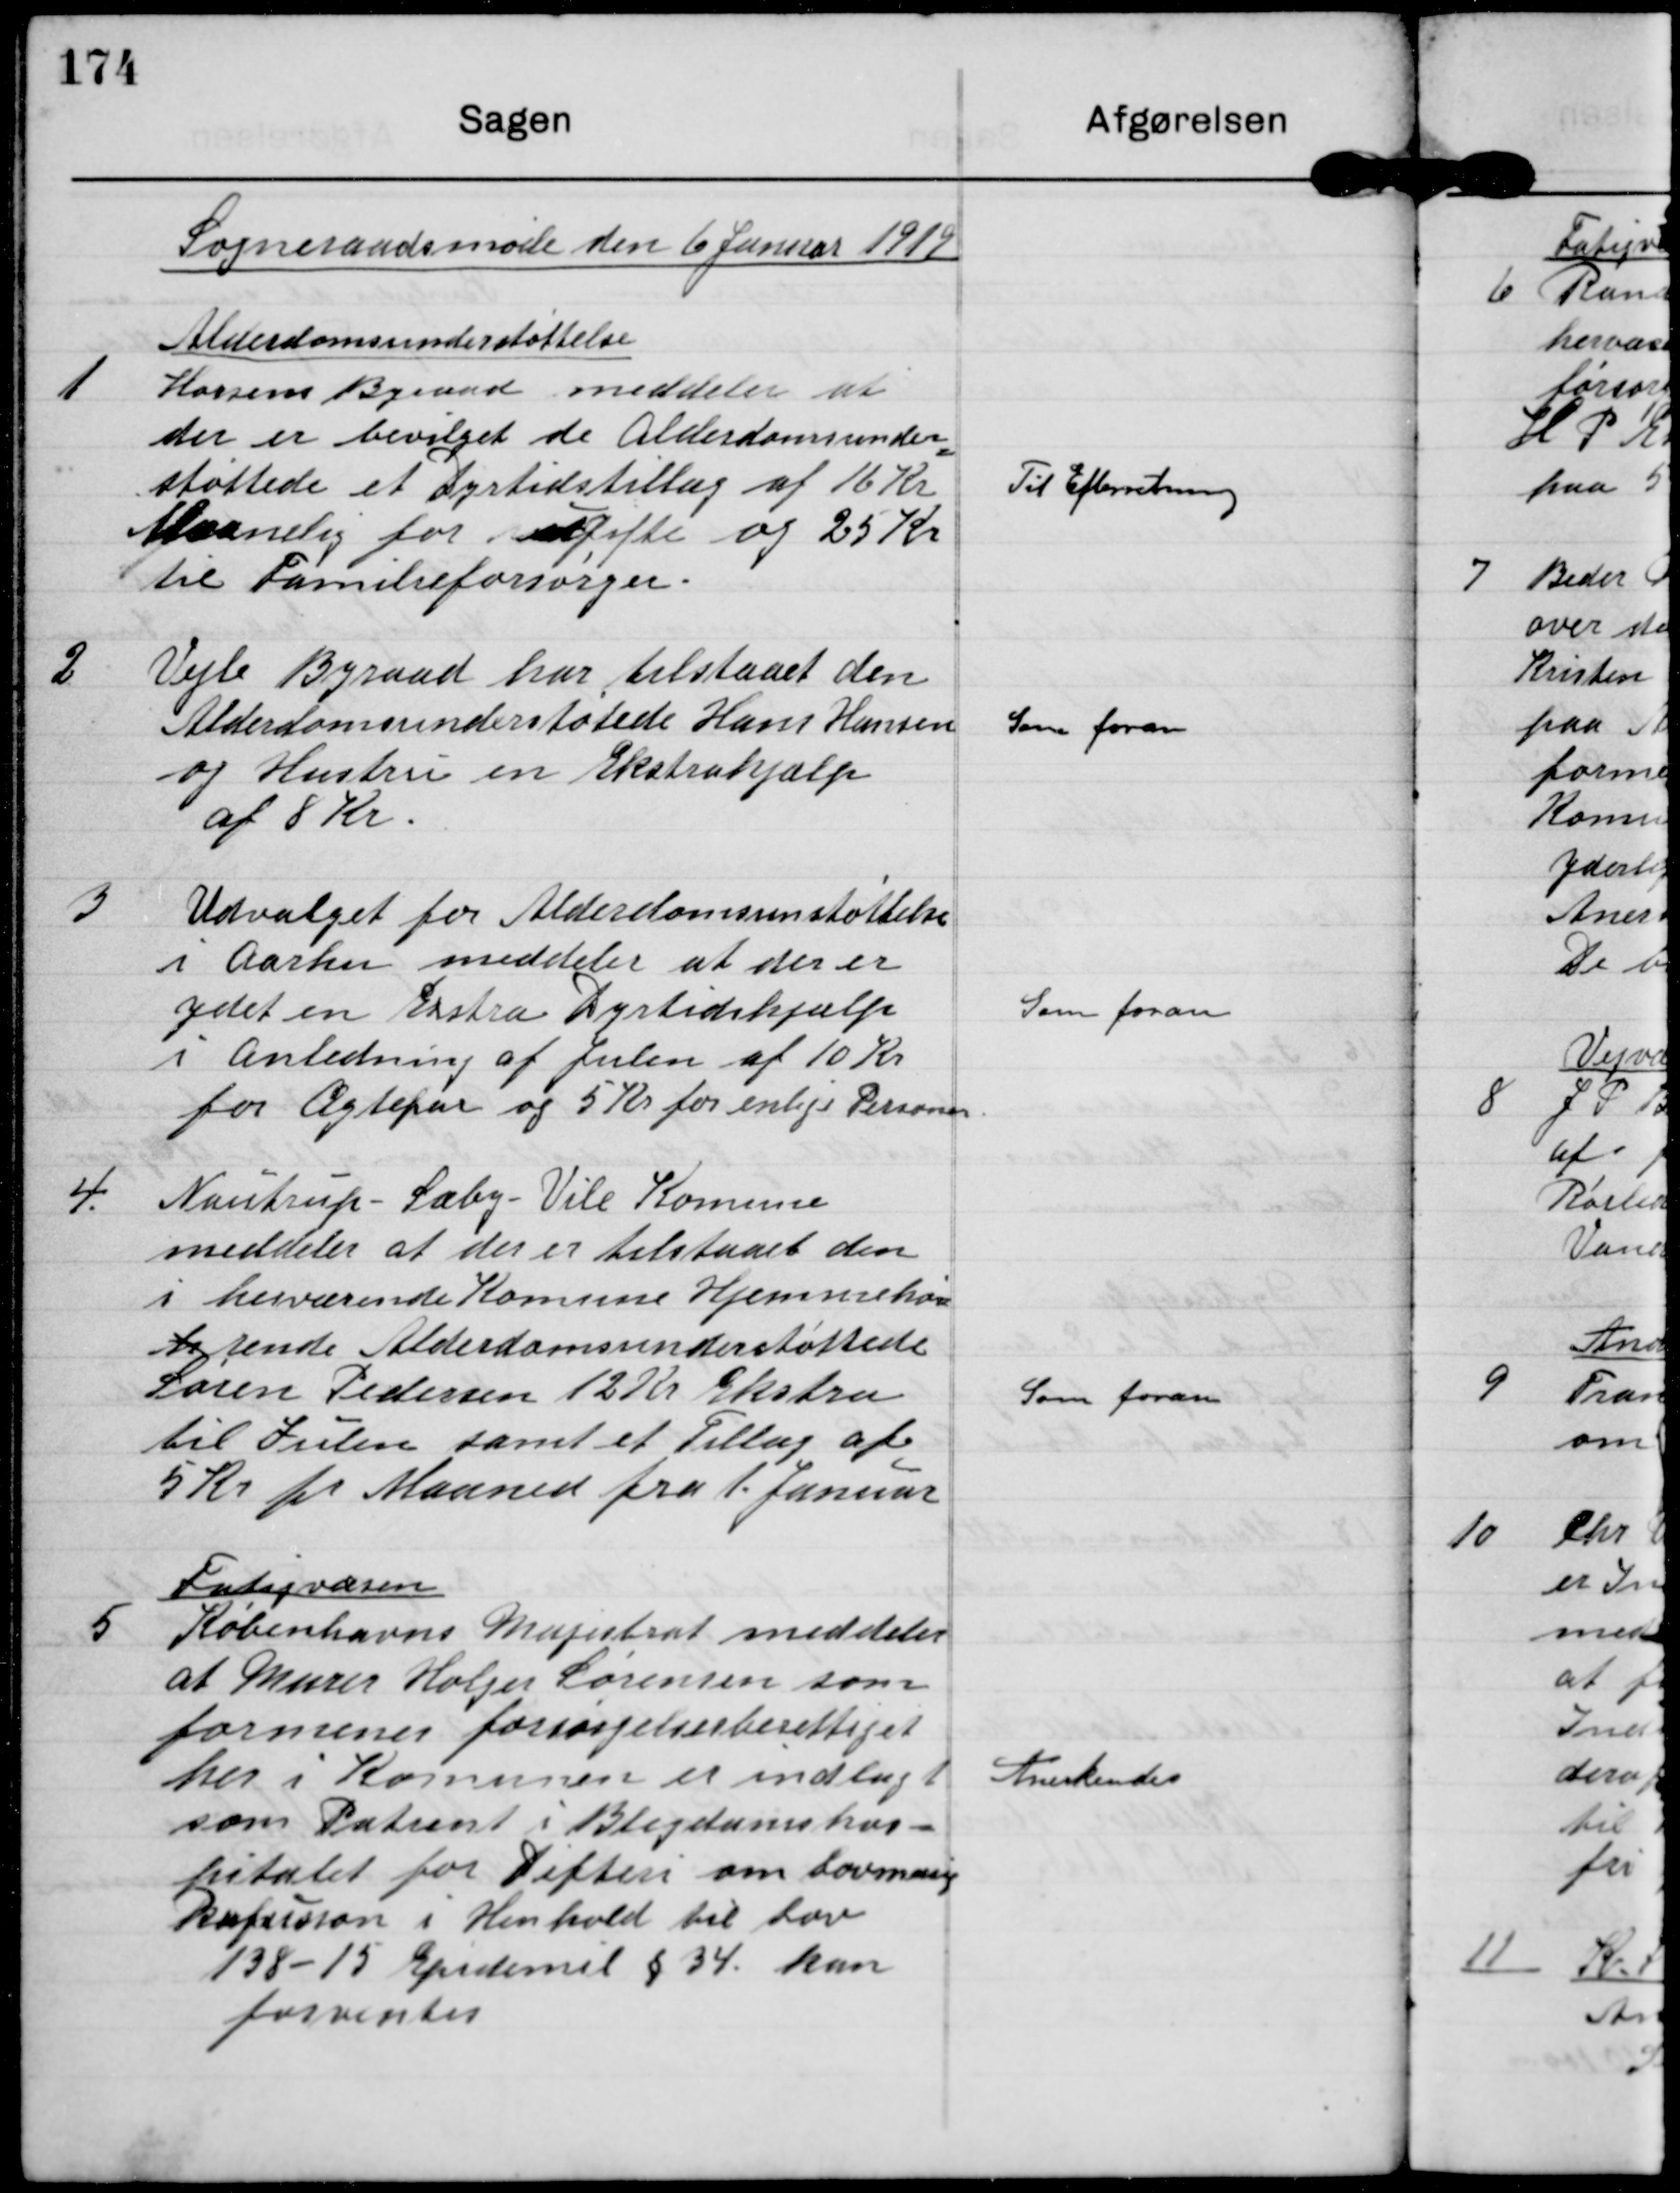
Transskription:
Sogneraadsmøde den 6 Januar 1919

1

Alderdomsunderstøttelse
Horsens Byraad meddeler at
der er bevilget de Alderdomsunder-
støttede et Dyrtidstillæg af 16 Kr
Maanelig for ugifte og 25 Kr
til Familieforsørger.

Til Efterretning

2

Vejle Byraad har tilstaaet den
Alderdomsunderstøtede Hans Hansen
og Hustru en Ekstrahjælp
af 8 Kr.

Som foran

3

Udvalget for Alderdomsunstøttede
i aarhus meddeler at der er
ydet en Ekstra Dyrtidshjælp
i Anledning af Julen af 10 Kr
for Ægtepar og 5 Kr for enlige Personer.

Som foran

4

Nautrup-Sæby-Vile Kommune
meddeler at der er tilstaaet den
i herværende Kommune Hjemmehø-
h rende Alderdomsunderstøttede
Søren Pedersen 12 Kr Ekstra
til Julen samt et Tillæg af
5 kr pr. Maaned fra 1. Januar

Som foran

5

Fatigvæsen
Københavns Magistrat meddeler
at Murer Holger Sørensen som
formenes forsørgelsesberettiget
her i Kommunen er indlagt
som Patient i Blegdamshos-
pitalet for Difteri om Lovmæssig
Refusion i Henhold til Lov
138-15 Epidemil. § 34 kan
forventes.

Anerkendes